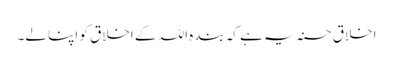
اخلاق حسنہ یہ ہے کہ بندہ اللہ کے اخلاق کو اپنا لے۔